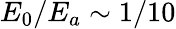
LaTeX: E_{0}/E_{a}\sim 1/10